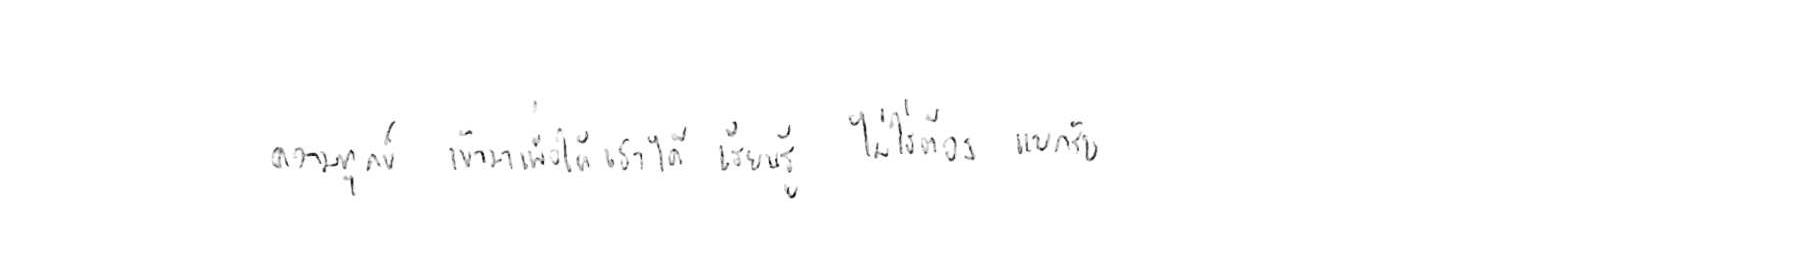
ความทุกข์ เข้ามาเพื่อให้เราได้ เรียนรู้ ไม่ใช่ต้อง แบกรับ